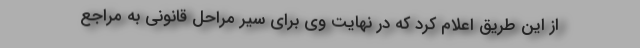
از این طریق اعلام کرد که در نهایت وی برای سیر مراحل قانونی به مراجع